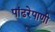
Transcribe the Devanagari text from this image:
पांढरेपाणी